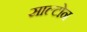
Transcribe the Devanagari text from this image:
साल्टोन